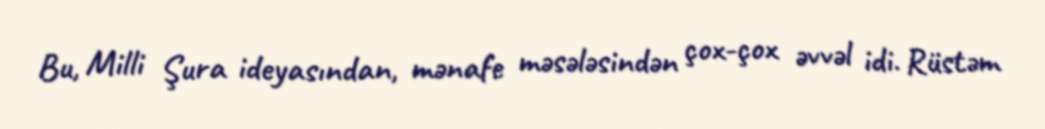
Bu, Milli Şura ideyasından, mənafe məsələsindən çox-çox əvvəl idi. Rüstəm